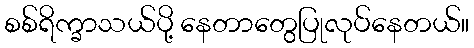
စစ်ရိက္ခာသယ်ပို့ နေတာတွေပြုလုပ်နေတယ်။